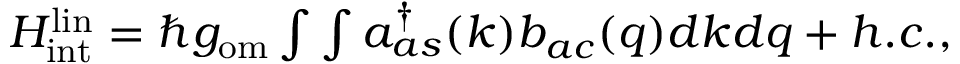
\begin{array} { r } { H _ { \mathrm { i n t } } ^ { \mathrm { l i n } } = \hbar g _ { \mathrm { o m } } \int \int a _ { a s } ^ { \dagger } ( k ) b _ { a c } ( q ) d k d q + h . c . , } \end{array}